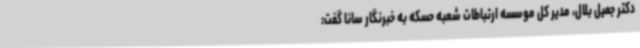
دکتر جمیل بلال، مدیر کل موسسه ارتباطات شعبه حسکه به خبرنگار سانا گفت: